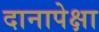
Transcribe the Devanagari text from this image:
दानापेक्षा